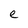
Character: e